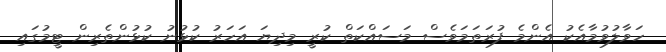
ހަވާލުވުމާއެކު އެންމެ ފުރަތަމަވެސް މަސައްކަތް ކުރީ މިދިޔަ އަހަރު ކުޅުނު ކުޅުންތެރިން ޓީމުގައި